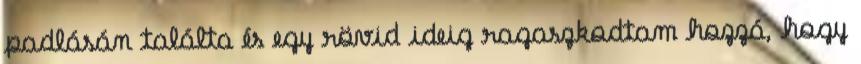
padlásán találta és egy rövid ideig ragaszkodtam hozzá, hogy